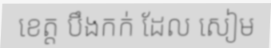
ខេត្ត បឹងកក់ ដែល សៀម